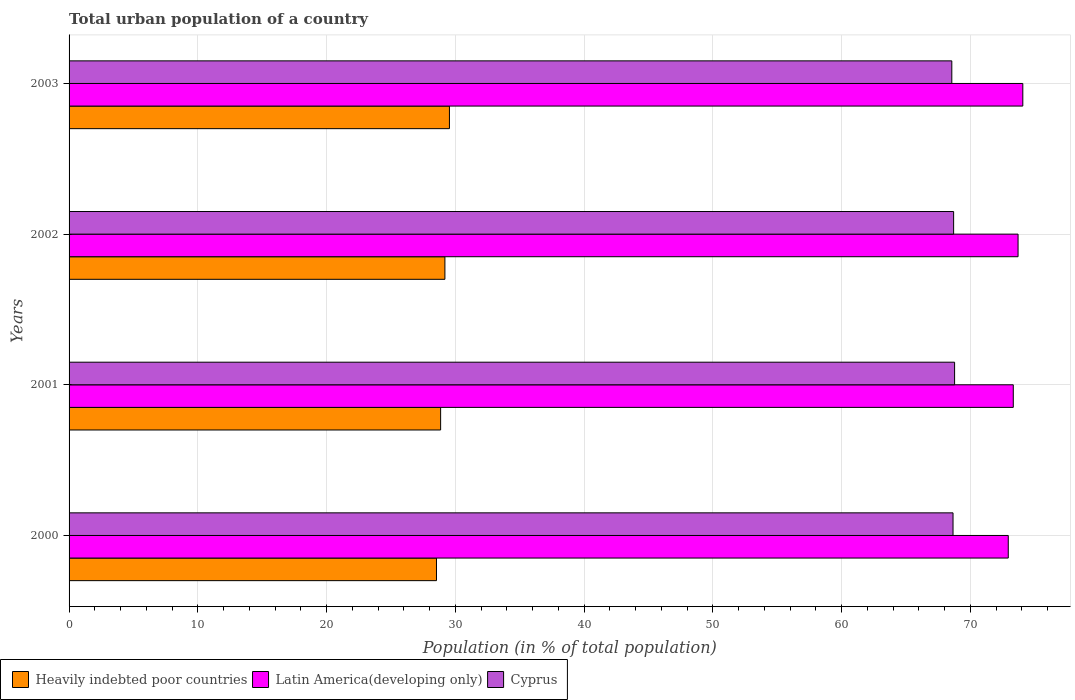
| Years | Heavily indebted poor countries | Latin America(developing only) | Cyprus |
 | --- | --- | --- | --- |
 | 2000 | 28.5 | 72.9 | 68.6 |
 | 2001 | 28.9 | 73.3 | 68.8 |
 | 2002 | 29.2 | 73.7 | 68.7 |
 | 2003 | 29.5 | 74.1 | 68.6 |